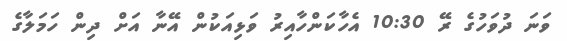
ވަނަ ދުވަހުގެ ރޭ 10:30 އެހާކަންހާއިރު ވަޅިއަކުން އޭނާ އަށް ދިން ހަމަލާގެ